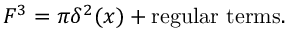
F ^ { 3 } = \pi \delta ^ { 2 } ( x ) + \mathrm { r e g u l a r \ t e r m s } .